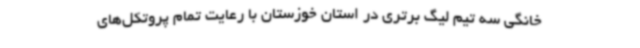
خانگی سه تیم لیگ برتری در استان خوزستان با رعایت تمام پروتکل‌های